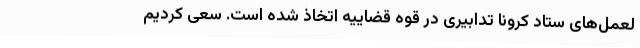
لعمل‌های ستاد کرونا تدابیری در قوه قضاییه اتخاذ شده است. سعی کردیم